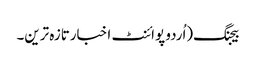
بیجنگ(اُردو پوائنٹ اخبارتازہ ترین۔